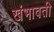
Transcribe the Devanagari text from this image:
खंभावती